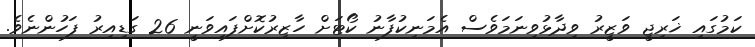
ކަމުގައި ޚަރިޖީ ވަޒީރު ވިދާޅުވިނަމަވެސް އެމަނިކުފާނު ކޯޓަށް ހާޒިރުކޮށްފައިވަނީ 26 ގަޑިއިރު ފަހުންނެވެ.